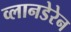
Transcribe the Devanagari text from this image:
व्लानडेरेन